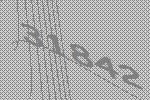
31842